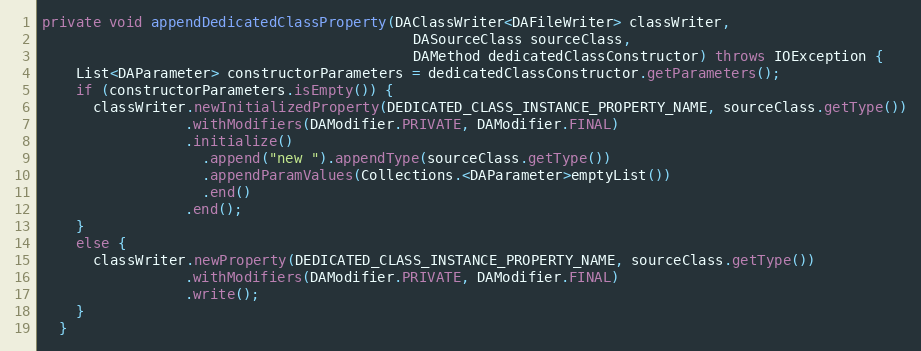
Language: Java
private void appendDedicatedClassProperty(DAClassWriter<DAFileWriter> classWriter,
                                            DASourceClass sourceClass,
                                            DAMethod dedicatedClassConstructor) throws IOException {
    List<DAParameter> constructorParameters = dedicatedClassConstructor.getParameters();
    if (constructorParameters.isEmpty()) {
      classWriter.newInitializedProperty(DEDICATED_CLASS_INSTANCE_PROPERTY_NAME, sourceClass.getType())
                 .withModifiers(DAModifier.PRIVATE, DAModifier.FINAL)
                 .initialize()
                   .append("new ").appendType(sourceClass.getType())
                   .appendParamValues(Collections.<DAParameter>emptyList())
                   .end()
                 .end();
    }
    else {
      classWriter.newProperty(DEDICATED_CLASS_INSTANCE_PROPERTY_NAME, sourceClass.getType())
                 .withModifiers(DAModifier.PRIVATE, DAModifier.FINAL)
                 .write();
    }
  }